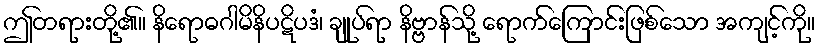
ဤတရားတို့၏။ နိရောဓဂါမိနိပဋိပဒံ၊ ချုပ်ရာ နိဗ္ဗာန်သို့ ရောက်ကြောင်းဖြစ်သော အကျင့်ကို။